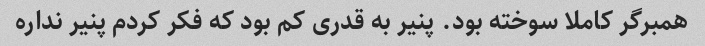
همبرگر کاملا سوخته بود. پنیر به قدری کم بود که فکر کردم پنیر نداره